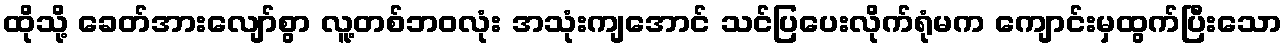
ထိုသို့ ခေတ်အားလျော်စွာ လူ့တစ်ဘဝလုံး အသုံးကျအောင် သင်ပြပေးလိုက်ရုံမက ကျောင်းမှထွက်ပြီးသော